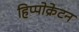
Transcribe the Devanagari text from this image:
हिप्पोक्रेटन